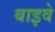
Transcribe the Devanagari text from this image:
बाइवे